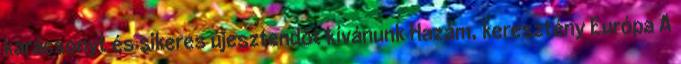
karácsonyt és sikeres újesztendõt kívánunk Hazám, keresztény Európa A